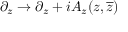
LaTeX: \partial _ { z } \rightarrow \partial _ { z } + i A _ { z } ( z , { \overline { { z } } } )